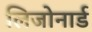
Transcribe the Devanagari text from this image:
लिजोनार्ड